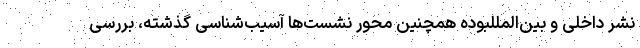
نشر داخلی و بین‌المللبوده همچنین محور نشست‌ها آسیب‌شناسی گذشته، بررسی